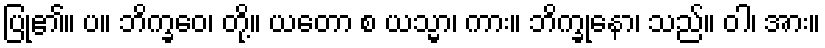
ပြု၏။ ပ။ ဘိက္ခဝေ၊ တို့။ ယတော စ ယသ္မာ၊ ကား။ ဘိက္ခုနော၊ သည်။ ဝါ၊ အား။